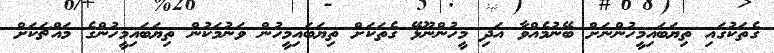
ގެތަކުގައި ތިޔަބައިމީހުންނަށް ބޭނުމެއްވާ އަދި މީހުންނޫޅޭ ގެތަކަށް ތިޔަބައިމީހުން ވަނުމަކުން ތިޔަބައިމީހުންގެ މައްޗަކަށް